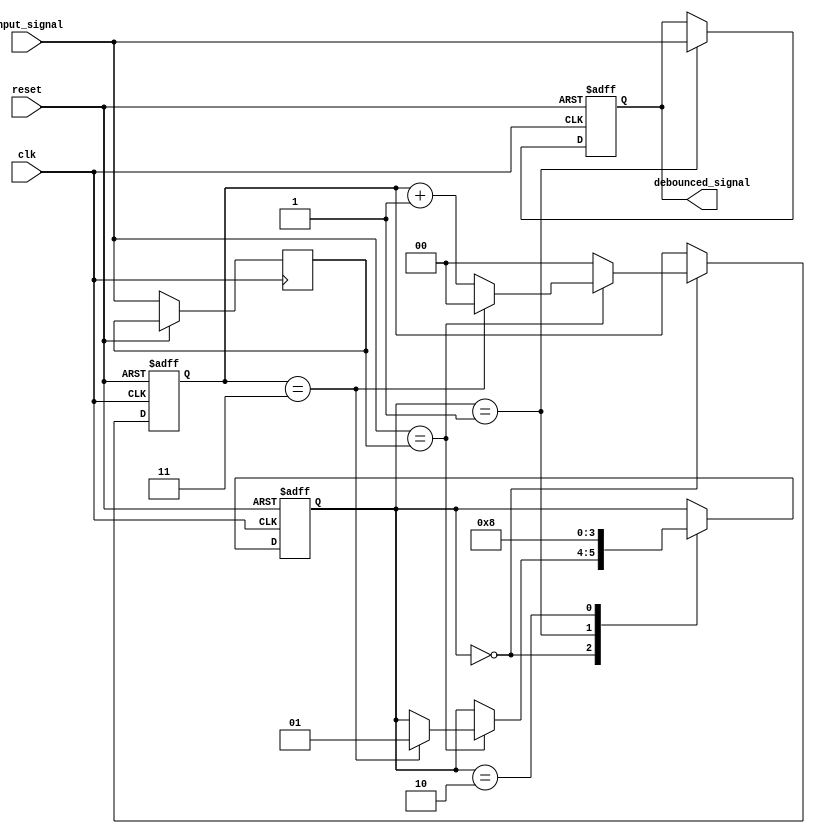
module debounce_circuit (
    input wire clk,
    input wire reset,
    input wire input_signal,
    output reg debounced_signal
);

parameter DEBOUNCE_CYCLES = 3;

reg [1:0] state;
reg [1:0] counter;
reg previous_input;

always @ (posedge clk or posedge reset) begin
    if (reset) begin
        state <= 2'b00;
        counter <= 2'b00;
        debounced_signal <= 1'b0;
    end else begin
        previous_input <= input_signal;
        
        case(state)
            2'b00: begin // waiting for stable signal
                if (input_signal == previous_input) begin
                    counter <= counter + 2'b01;
                    if (counter == DEBOUNCE_CYCLES) begin
                        state <= 2'b01;
                        counter <= 2'b00;
                    end
                end else begin
                    counter <= 2'b00;
                end
            end
            2'b01: begin // output debounced signal
                debounced_signal <= input_signal;
                state <= 2'b10;
            end
            2'b10: begin // reset counter
                state <= 2'b00;
            end
        endcase
    end
end

endmodule